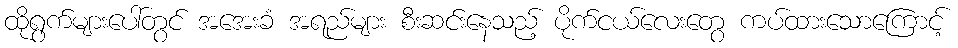
ထိုရွက်များပေါ်တွင် အအေးခံ အရည်များ စီးဆင်းနေသည့် ပိုက်ငယ်လေးတွေ ကပ်ထားသောကြောင့်